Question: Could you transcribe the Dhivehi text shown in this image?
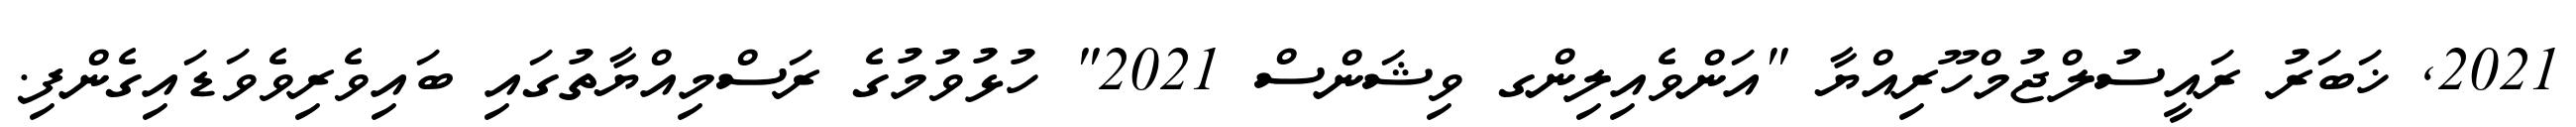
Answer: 2021, ޚަބަރު ރައީސުލްޖުމްހޫރިއްޔާ "އަންވެއިލިންގ ވިޝަންސް 2021" ހުޅުވުމުގެ ރަސްމިއްޔާތުގައި ބައިވެރިވެވަޑައިގެންފި.